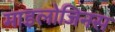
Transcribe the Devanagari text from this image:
माइलोजिनस